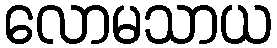
လောမသာယ